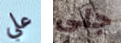
علي جلي